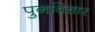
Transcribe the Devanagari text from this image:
पुनविचार